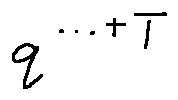
q ^ { \cdots + T }